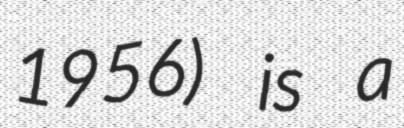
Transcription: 1956) is a